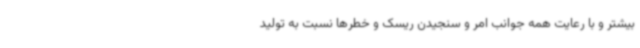
بیشتر و با رعایت همه جوانب امر و سنجیدن ریسک و خطرها نسبت به تولید